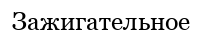
Зажигательное